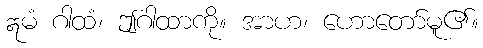
ဣမံ ဂါထံ၊ ဤဂါထာကို။ အာဟ၊ ဟောတော်မူ၏။